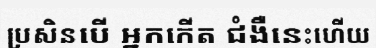
ប្រសិនបើ អ្នកកើត ជំងឺនេះហើយ